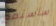
سأستمع